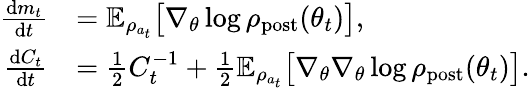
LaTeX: \begin{array}{rl}{\frac{\mathrm{d}m_{t}}{\mathrm{d}t}}&{=\mathbb{E}_{\rho_{a_{t}}}\bigl[\nabla_{\theta}\log\rho_{\mathrm{post}}(\theta_{t})\bigr],}\\ {\frac{\mathrm{d}C_{t}}{\mathrm{d}t}}&{=\frac{1}{2}C_{t}^{-1}+\frac{1}{2}\mathbb{E}_{\rho_{a_{t}}}\bigl[\nabla_{\theta}\nabla_{\theta}\log\rho_{\mathrm{post}}(\theta_{t})\bigr].}\end{array}